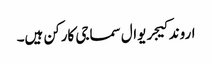
اروند کیجریوال سماجی کارکن ہیں۔